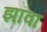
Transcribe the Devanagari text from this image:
झॉवा